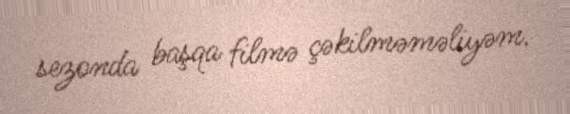
sezonda başqa filmə çəkilməməliyəm.